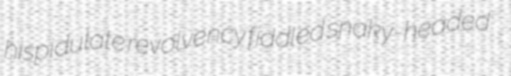
hispidulate revolvency fiddled snaky-headed